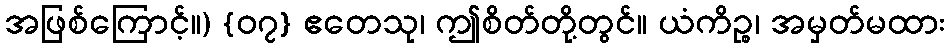
အဖြစ်ကြောင့်။) {၀၇} ဧတေသု၊ ဤစိတ်တို့တွင်။ ယံကိဉ္စ၊ အမှတ်မထား